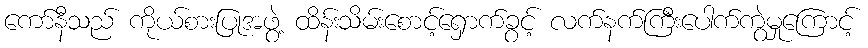
ကော်နီသည် ကိုယ်စားပြုအဖွဲ့ ထိန်းသိမ်းစောင့်ရှောက်ခွင့် လက်နက်ကြီးပေါက်ကွဲမှုကြောင့်